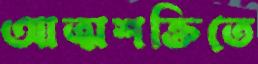
আত্মশক্তিতে